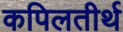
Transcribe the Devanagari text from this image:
कपिलतीर्थ